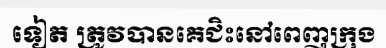
ទៀត ត្រូវបានគេជិះនៅពេញក្រុង